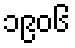
၁၉၀၆